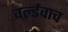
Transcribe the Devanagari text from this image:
वर्ल्डवाच